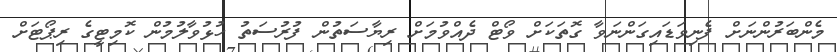
މެންބަރުންނަށް ފެނިވަޑައިގަންނަވާ ގޮތަކަށް ވޯޓް ދެއްވުމަށް ރިޔާސަތުން ފުރުސަތު ހުޅުވާލުމުން ކޮމިޓީގެ ރިޕޯޓަށް